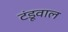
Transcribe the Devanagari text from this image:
टंडूवाल